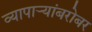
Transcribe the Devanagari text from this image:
व्यापार्‍यांबरोबर